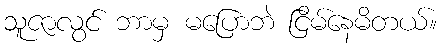
သူဇာလွင် ဘာမှ မပြောဘဲ ငြိမ်နေမိတယ်။